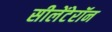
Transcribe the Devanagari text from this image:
सीलेंटेरॉन